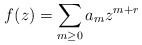
\begin{align*} f(z) = \sum_{m \geq 0}a_mz^{m+r}\end{align*}